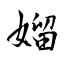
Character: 媹